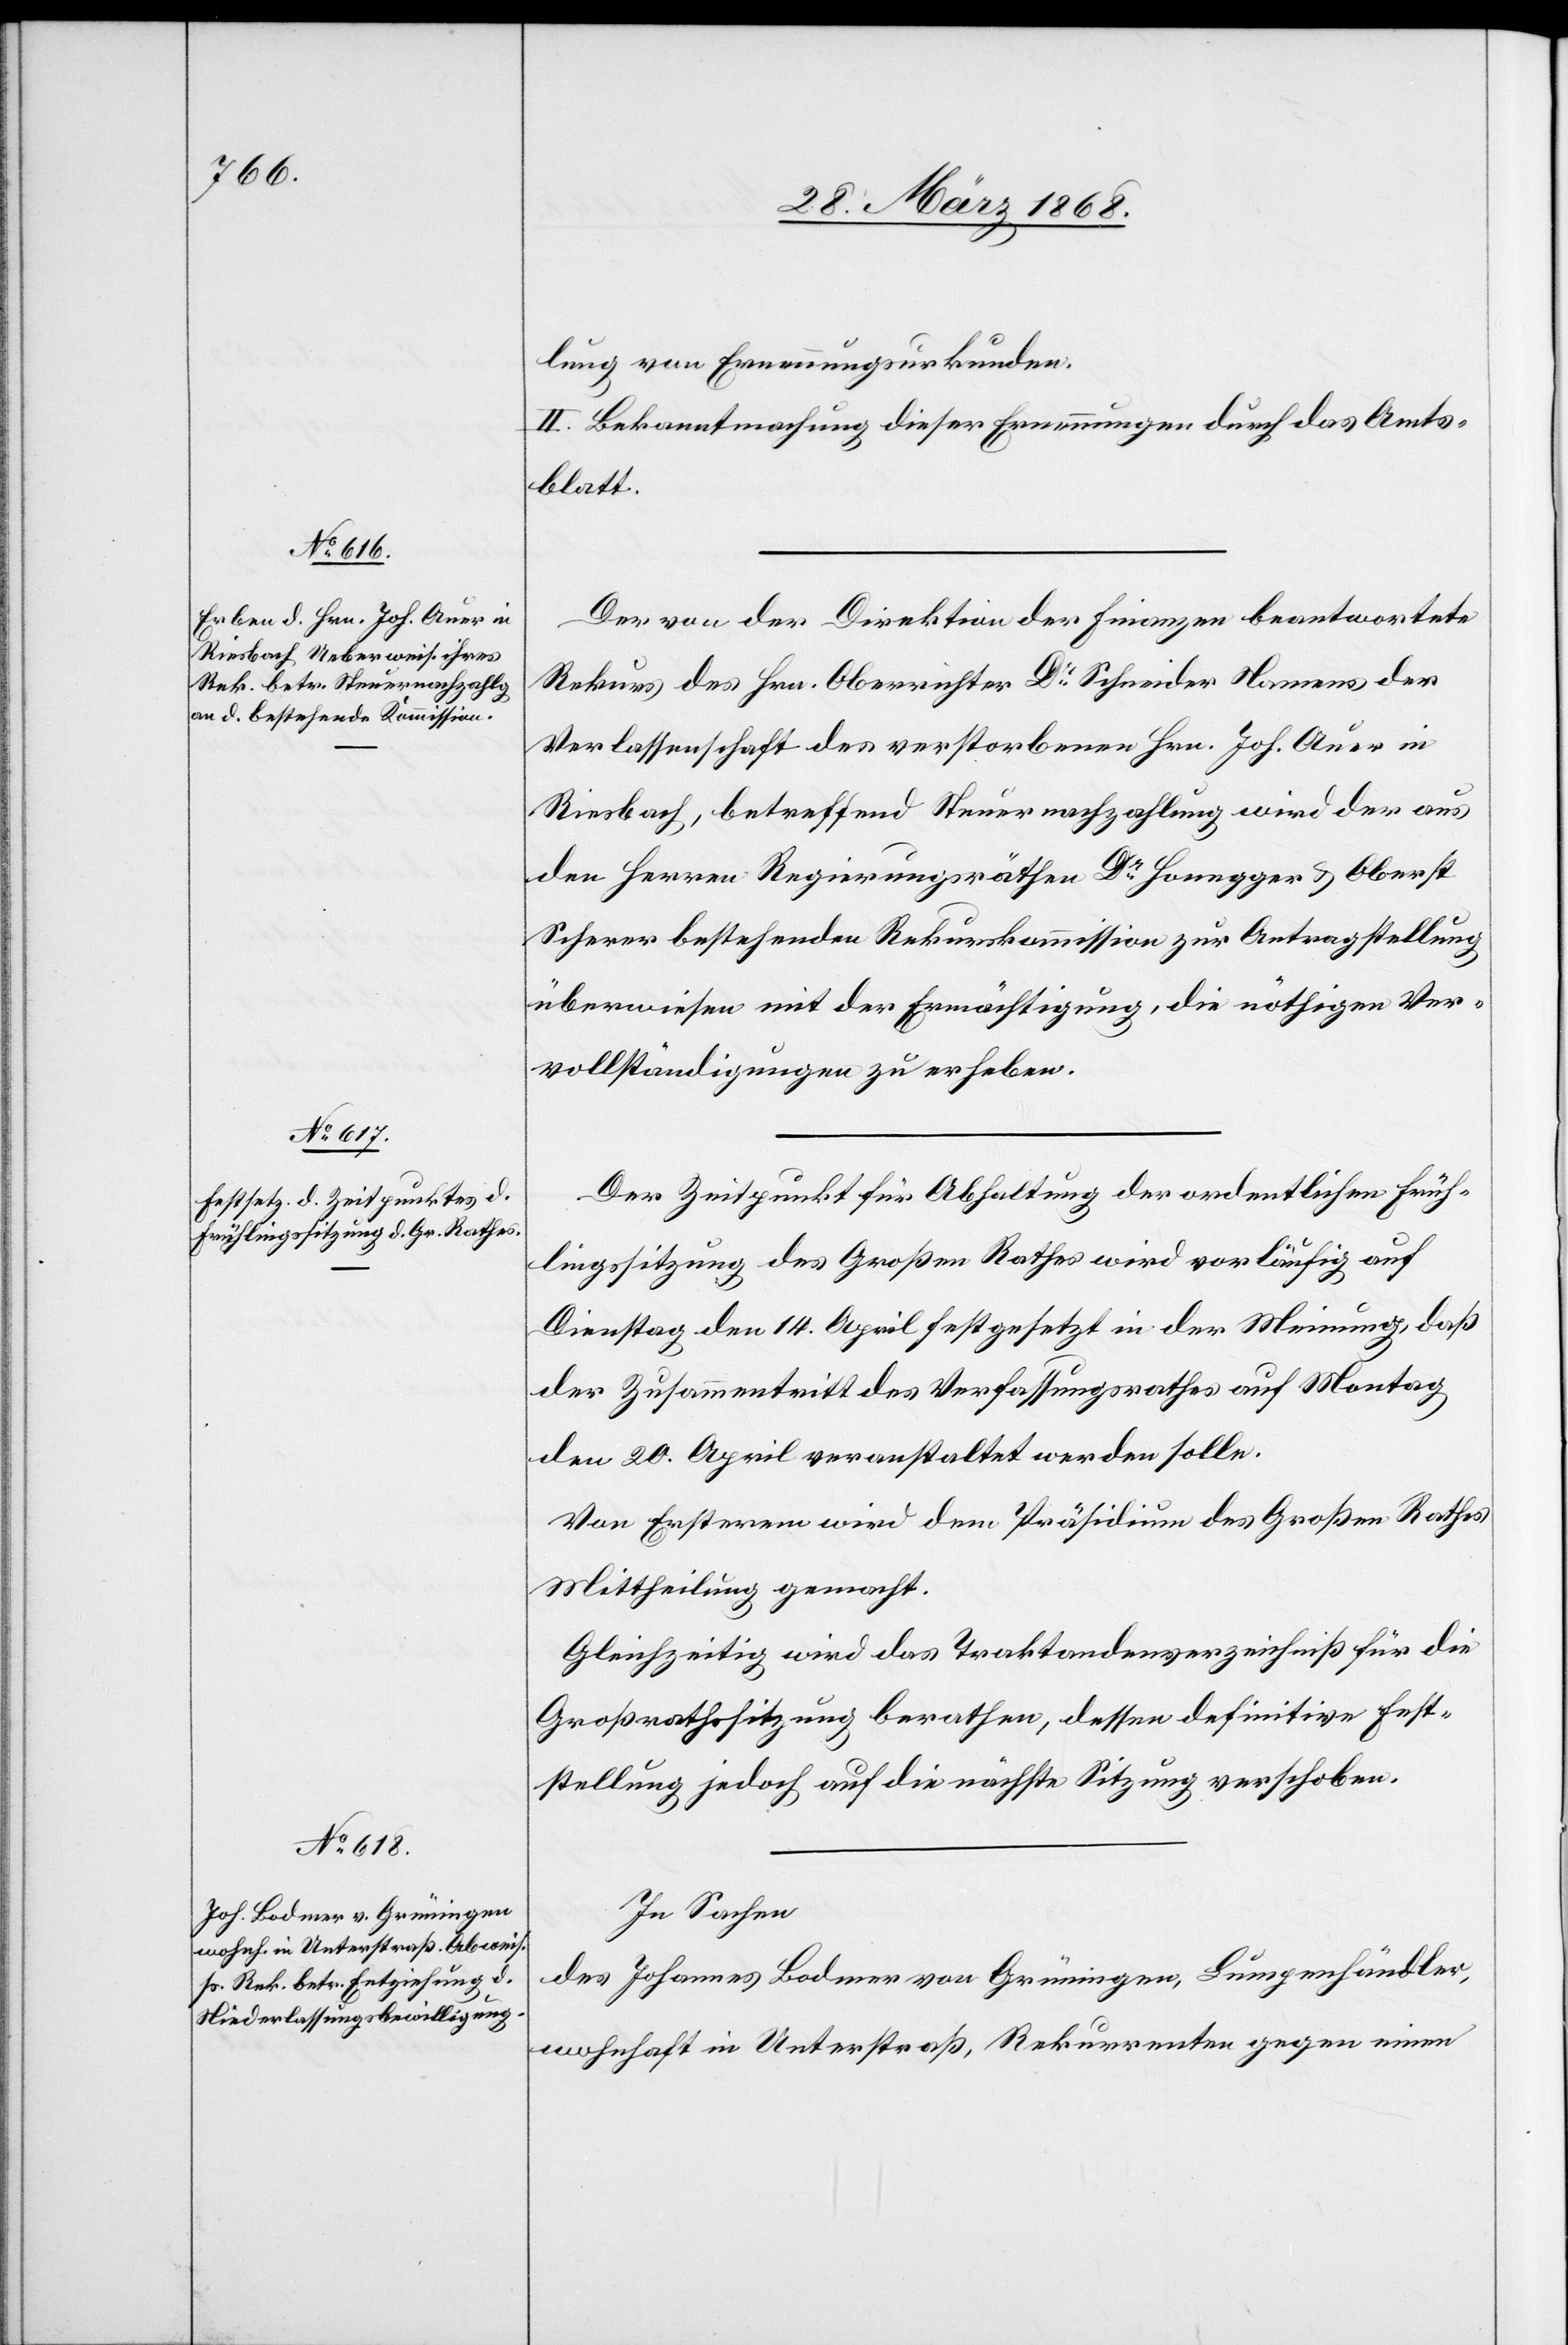
lung von Ernennungsurkunden.
II. Bekanntmachung dieser Ernennungen durch das Amts¬
blatt.
Der von der Direktion der Finanzen beantwortete
Rekurs des Hrn. Oberrichter Dr. Schneider Namens der
Verlassenschaft des verstorbenen Hrn. Joh. Auer in
Riesbach, betreffend Steuernachzahlung wird der aus
den Herren Regierungsräthen Dr. Honegger & Oberst
Scherer bestehenden Rekurskommission zur Antragstellung
überwiesen mit der Ermächtigung, die nöthigen Ver¬
vollständigungen zu erheben.
Der Zeitpunkt für Abhaltung der ordentlichen Früh¬
lingssitzung des Großen Rathes wird vorläufig auf
Dienstag den 14. April festgesetzt in der Meinung, daß
der Zusammentritt des Verfassungsrathes auf Montag
den 20. April veranstaltet werden solle.
Von Ersterem wird dem Präsidium des Großen Rathes
Mittheilung gemacht.
Gleichzeitig wird das Traktandenverzeichniß für die
Großrathssitzung berathen, dessen definitive Fest¬
stellung jedoch auf die nächste Sitzung verschoben.
In Sachen
des Johannes Bodmer von Grüningen, Lumpenhändler,
wohnhaft in Unterstraß, Rekurrenten gegen einen